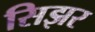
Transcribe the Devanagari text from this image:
सिझर